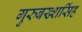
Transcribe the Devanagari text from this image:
गुरुबख्शसिंह